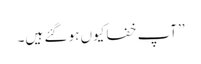
’’آپ خفا کیوں ہو گئے ہیں۔